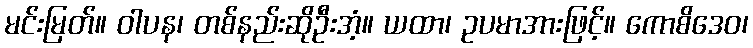
မင်းမြတ်။ ဝါပန၊ တစ်နည်းဆိုဦးအံ့။ ယထာ၊ ဥပမာအားဖြင့်။ ကောစိဒေဝ၊